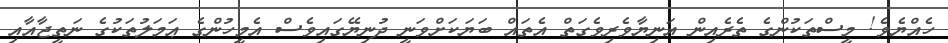
ހެއްޔެވެ! މީސްތަކުންގެ ތެރެއިން އަނިޔާވެރިވެގަތް އެތައް ބަޔަކަށްވަނީ ދުނިޔޭގައިވެސް އެމީހުންގެ ޢަމަލުތަކުގެ ނަތީޖާއާއި